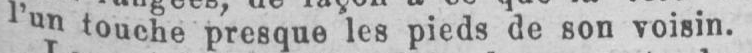
l’un touche presque les pieds de son voisin.